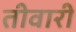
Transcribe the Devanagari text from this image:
तीवारी